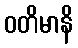
ဝတိမာနိ